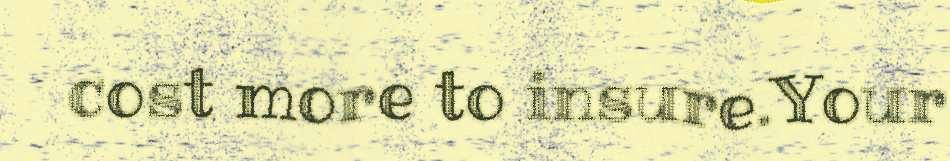
cost more to insure.Your